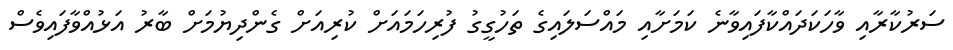
ސަރުކާރާއި ވާހަކަދައްކާފައިވާނެ ކަމަށާއި މައްސަލައިގެ ތަހުގީގު ފުރިހަމައަށް ކުރިއަށް ގެންދިޔުމަށް ބާރު އަޅުއްވާފައިވެސް